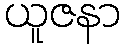
ယူဇနာ